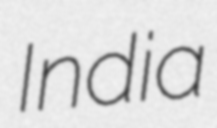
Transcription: India